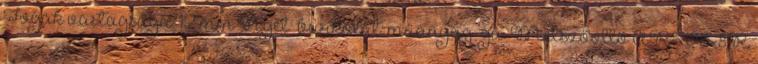
Fogak vastagsága: 1,2 mm Nyél burkolat: műanyag gu. Metszőolló ARS VS-8R